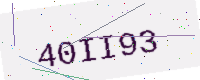
Text: 40II93